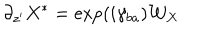
\partial _ { z ^ { \prime } } X ^ { * } = \exp ( i \gamma _ { b a } ) { \cal W } _ { X }